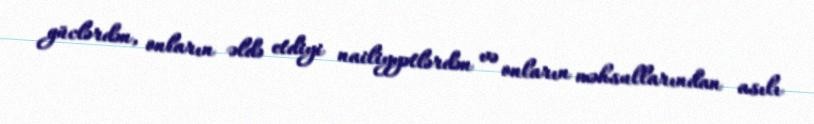
güclərdən, onların əldə etdiyi nailiyyətlərdən və onların məhsullarından asılı